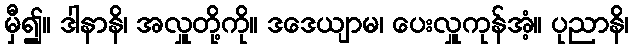
မှီ၍။ ဒါနာနိ၊ အလှူတို့ကို။ ဒဒေယျာမ၊ ပေးလှူကုန်အံ့။ ပုညာနိ၊